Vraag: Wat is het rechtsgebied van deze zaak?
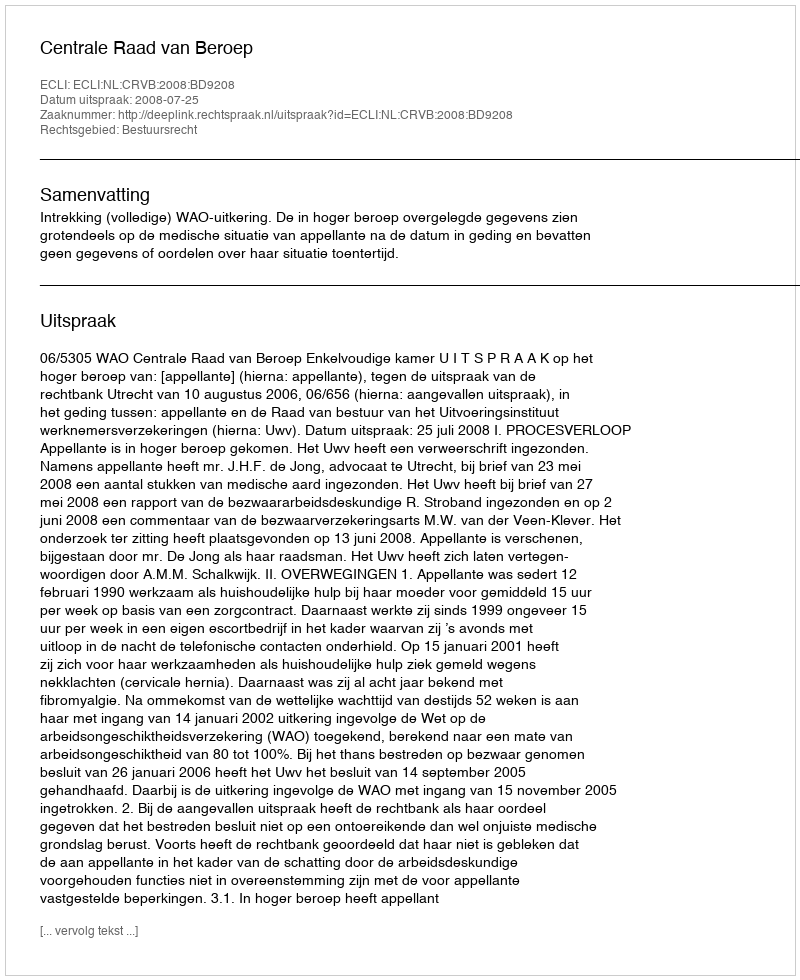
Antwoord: Bestuursrecht